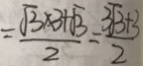
= \frac { \sqrt { 3 } \times 3 + \sqrt { 3 } } { 2 } = \frac { 3 \sqrt { 3 } + 3 } { 2 }